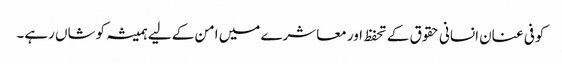
کوفی عنان انسانی حقوق کے تحفظ اور معاشرے میں امن کے لیے ہمیشہ کوشاں رہے۔